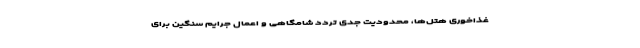
غذاخوری هتل‌ها، محدودیت جدی تردد شامگاهی و اعمال جرایم سنگین برای